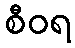
စီဝရ